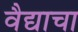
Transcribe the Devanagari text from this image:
वैद्याचा